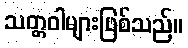
သတ္တဝါများဖြစ်သည်။